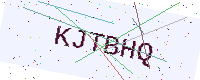
Text: KJTBHQ